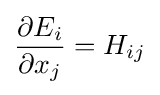
{\frac {\partial E_{i}}{\partial x_{j}}}=H_{ij}